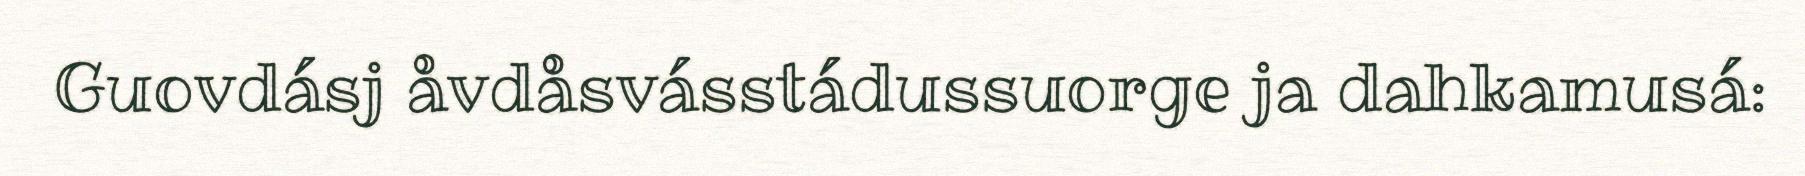
Guovdásj åvdåsvásstádussuorge ja dahkamusá: